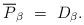
LaTeX: \begin{align*}\overline{P}_{\beta} ~=~ D_{\beta}.\end{align*}